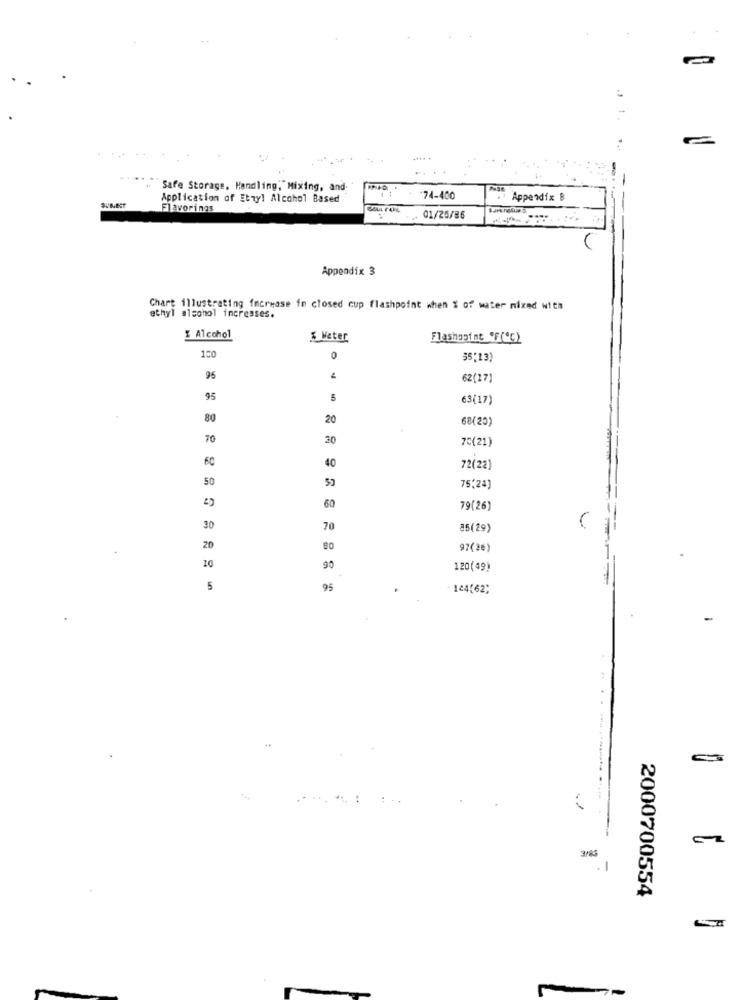
Safe Storage, Handling," Mixing, and
Application of Ethyl Alcohol Based
74-400
Appendix B
Flavorings
01/25/86
Appendix 3
Chart illustrating increase io closed cup flashpoint when % of water nixed with
ethyl alcohol increases.
Alcohol
& Water
Flashapint *F(ª℃)
100
0
35,13)
95
62(17)
95
5
63(17)
80
20
68(20)
70
30
70(21)
60
40
72(22)
50
50
75,24)
60
79(26)
30
70
85(29)
20
80
97(26)
10
90
120(49)
5
95
144(62;
3/83
. 1
2000700554